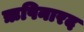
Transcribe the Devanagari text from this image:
ऋषिनारद